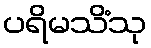
ပရိမသိံသု